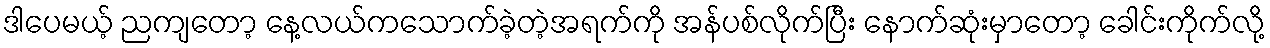
ဒါပေမယ့် ညကျတော့ နေ့လယ်ကသောက်ခဲ့တဲ့အရက်ကို အန်ပစ်လိုက်ပြီး နောက်ဆုံးမှာတော့ ခေါင်းကိုက်လို့